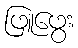
ဖြူဖွေး